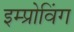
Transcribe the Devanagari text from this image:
इम्प्रोविंग